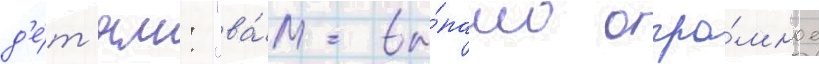
д'е́т'ям: "ва́м вы́пало огро́мное